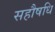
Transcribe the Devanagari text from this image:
सहौषधि